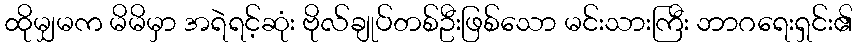
ထိုမျှမက မိမိမှာ အရဲရင့်ဆုံး ဗိုလ်ချုပ်တစ်ဦးဖြစ်သော မင်းသားကြီး ဘာဂရေးရှင်း၏